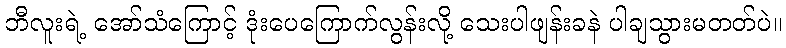
ဘီလူးရဲ့ အော်သံကြောင့် ဒုံးပေကြောက်လွန်းလို့ သေးပါဖျန်းခနဲ ပါချသွားမတတ်ပဲ။